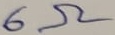
Text: 6Ω